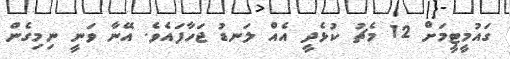
ގައުމީޓީމަށް 12 މެޗު ކުޅެދީ އެއް ލަނޑު ޖަހާފައެވެ. އޭނާ ވަނީ ނިމިގެން